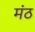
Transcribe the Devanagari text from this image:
मंठ